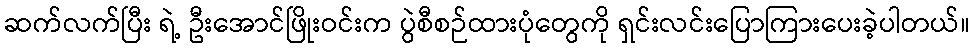
ဆက်လက်ပြီး ရဲ့ ဦးအောင်ဖြိုးဝင်းက ပွဲစီစဉ်ထားပုံတွေကို ရှင်းလင်းပြောကြားပေးခဲ့ပါတယ်။